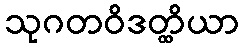
သုဂတဝိဒတ္ထိယာ